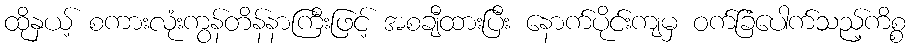
ထိုနှယ့် စကားလုံးကွန်တိန်နာကြီးဖြင့် အစချီထားပြီး နောက်ပိုင်းကျမှ ဝက်ခြံပေါက်သည့်ကိစ္စ